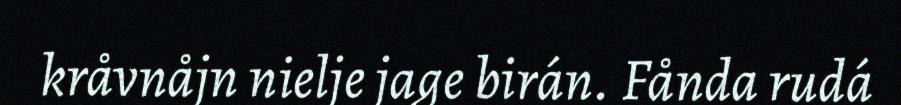
kråvnåjn nielje jage birán. Fånda rudá